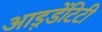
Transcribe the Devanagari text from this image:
आइ़डेंटिटी